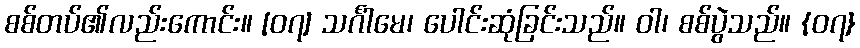
စစ်တပ်၏လည်းကောင်း။ [၀၇] သင်္ဂါမေ၊ ပေါင်းဆုံခြင်းသည်။ ဝါ၊ စစ်ပွဲသည်။ {၀၇}